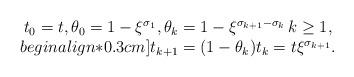
LaTeX: \begin{align*}\begin{array}{c}t_0 = t, \theta_0 = 1 - \xi^{\sigma_1}, \theta_k = 1- \xi^{\sigma_{k+1} - \sigma_k} \, k \ge 1, \\begin{align*}0.3cm]t_{k+1} = (1-\theta_k)t_k = t \xi^{\sigma_{k+1}}.\end{array}\end{align*}